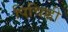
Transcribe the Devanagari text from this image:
पिचिह्ली